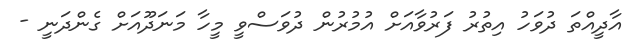
އާދީއްތަ ދުވަހު އިތުރު ފަރުވާއަށް އުމުރުން ދުވަސްވީ މީހާ މަނަދޫއަށް ގެންދަނީ -